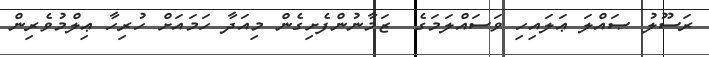
ރަސޫލު ޞައްލަ ޢަލައިހި ވަސައްލަމަގެ  ޒަމާނުންފެށިގެން މިއަދާ ހަމައަށް ހުރިހާ ޢިލްމުވެރިން